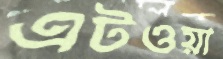
এটওয়া